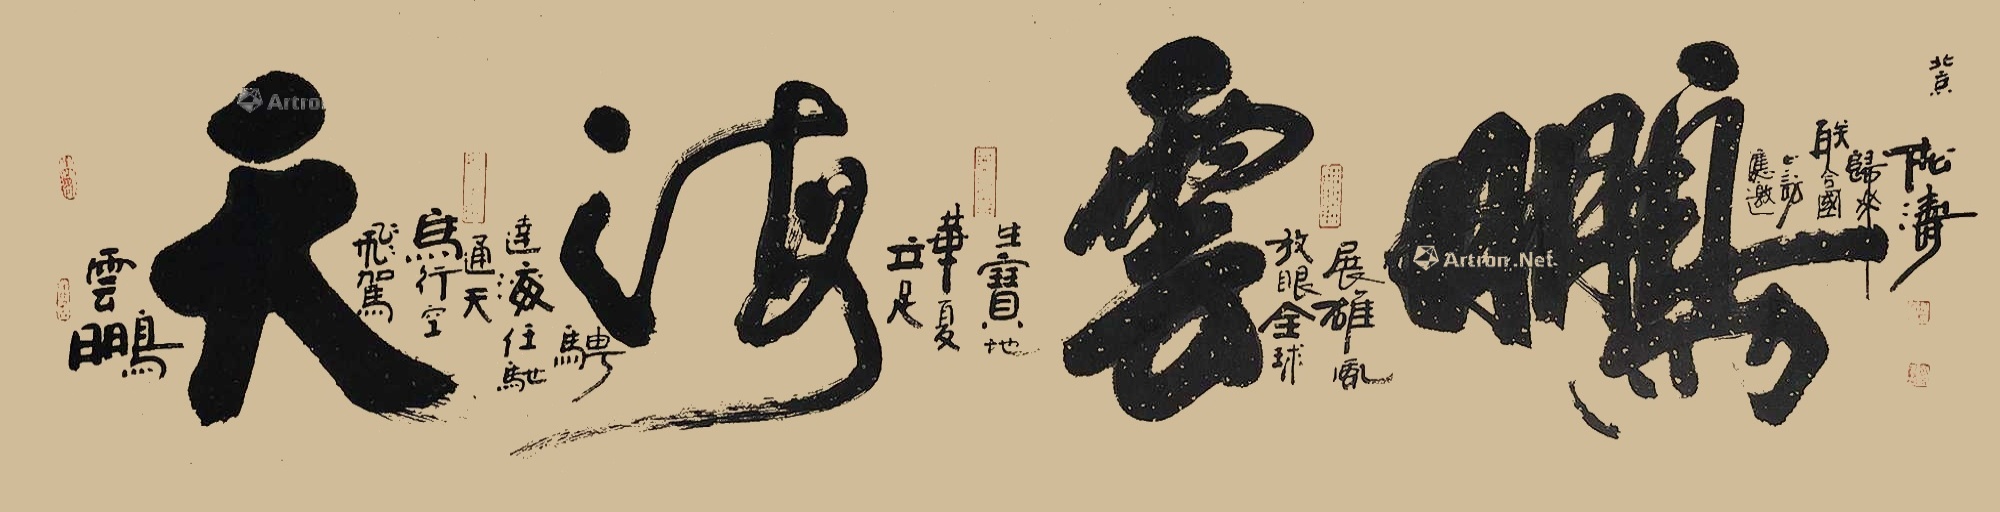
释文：应邀此访联合国归来。北京松涛。放眼全球展雄风。立足华夏生宝地。云鹏飞驾鸟行空，通天达海任驰骋。